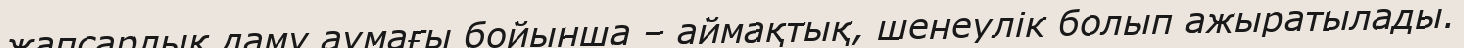
жапсарлық даму аумағы бойынша – аймақтық, шенеулік болып ажыратылады.